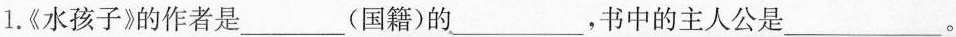
1.《水孩子》的作者是___(国籍)的____，书中的主人公是___。